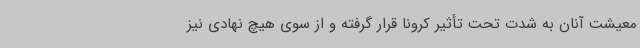
معیشت آنان به شدت تحت تأثیر کرونا قرار گرفته و از سوی هیچ نهادی نیز